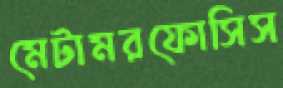
মেটামরফোসিস